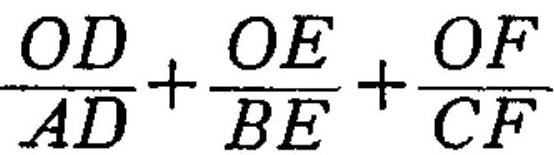
\(\frac{OD}{AD}+\frac{OE}{BE}+\frac{OF}{CF}\)